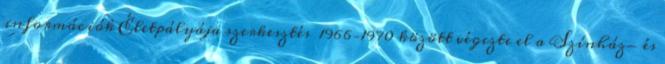
információk Életpályája szerkesztés 1966–1970 között végezte el a Színház- és